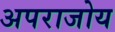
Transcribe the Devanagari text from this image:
अपराजोय